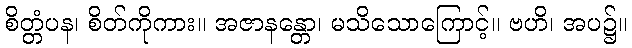
စိတ္တံပန၊ စိတ်ကိုကား။ အဇာနန္တော၊ မသိသောကြောင့်။ ဗဟိ၊ အပ၌။